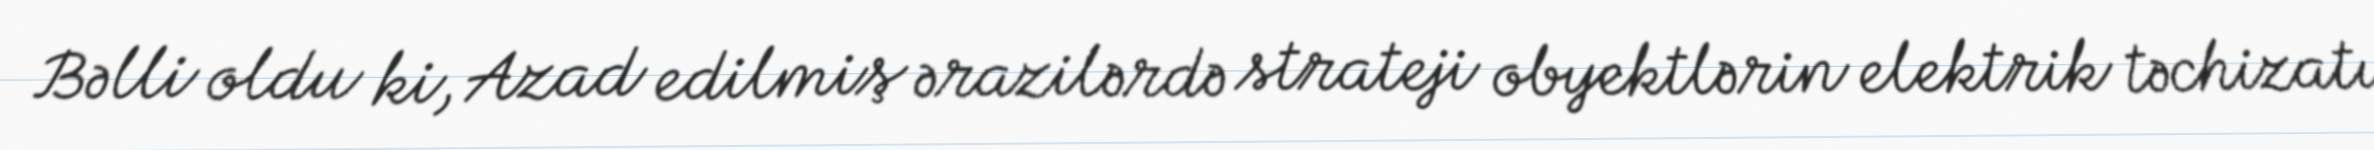
Bəlli oldu ki, Azad edilmiş ərazilərdə strateji obyektlərin elektrik təchizatı